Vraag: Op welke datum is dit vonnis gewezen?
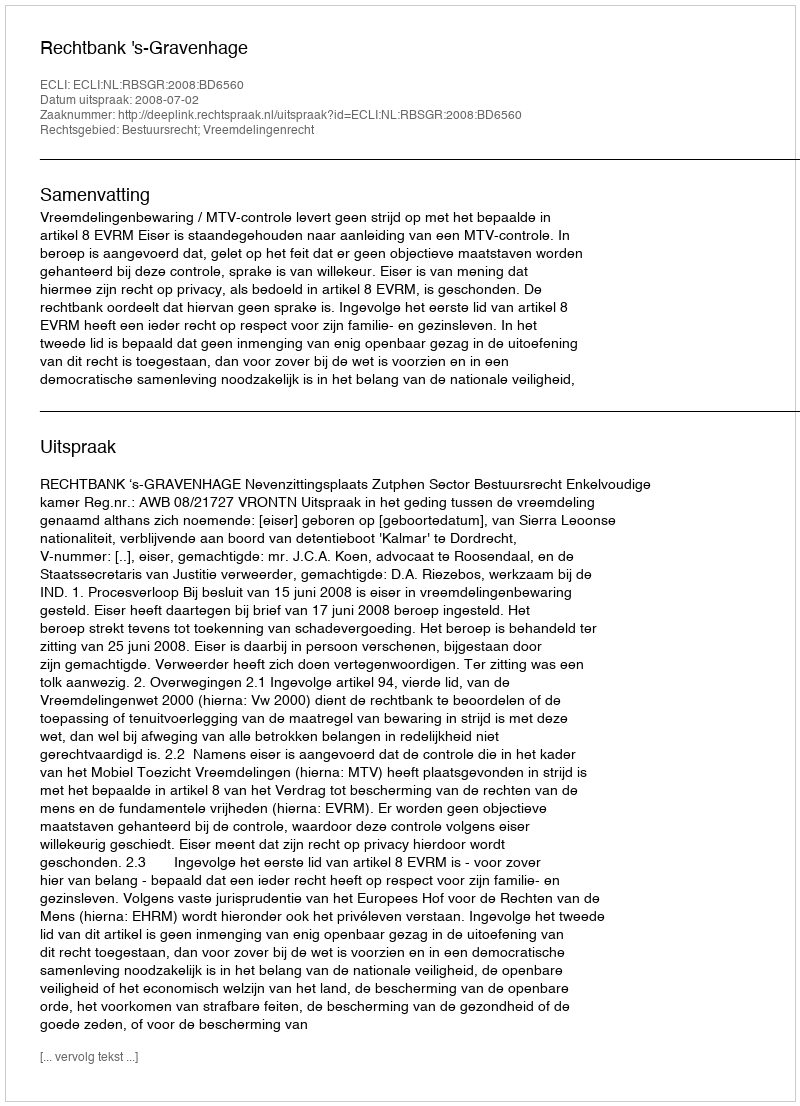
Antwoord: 2008-07-02